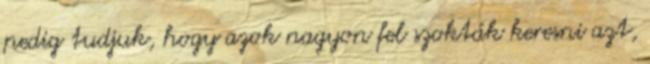
pedig tudjuk, hogy azok nagyon fel szokták keresni azt,